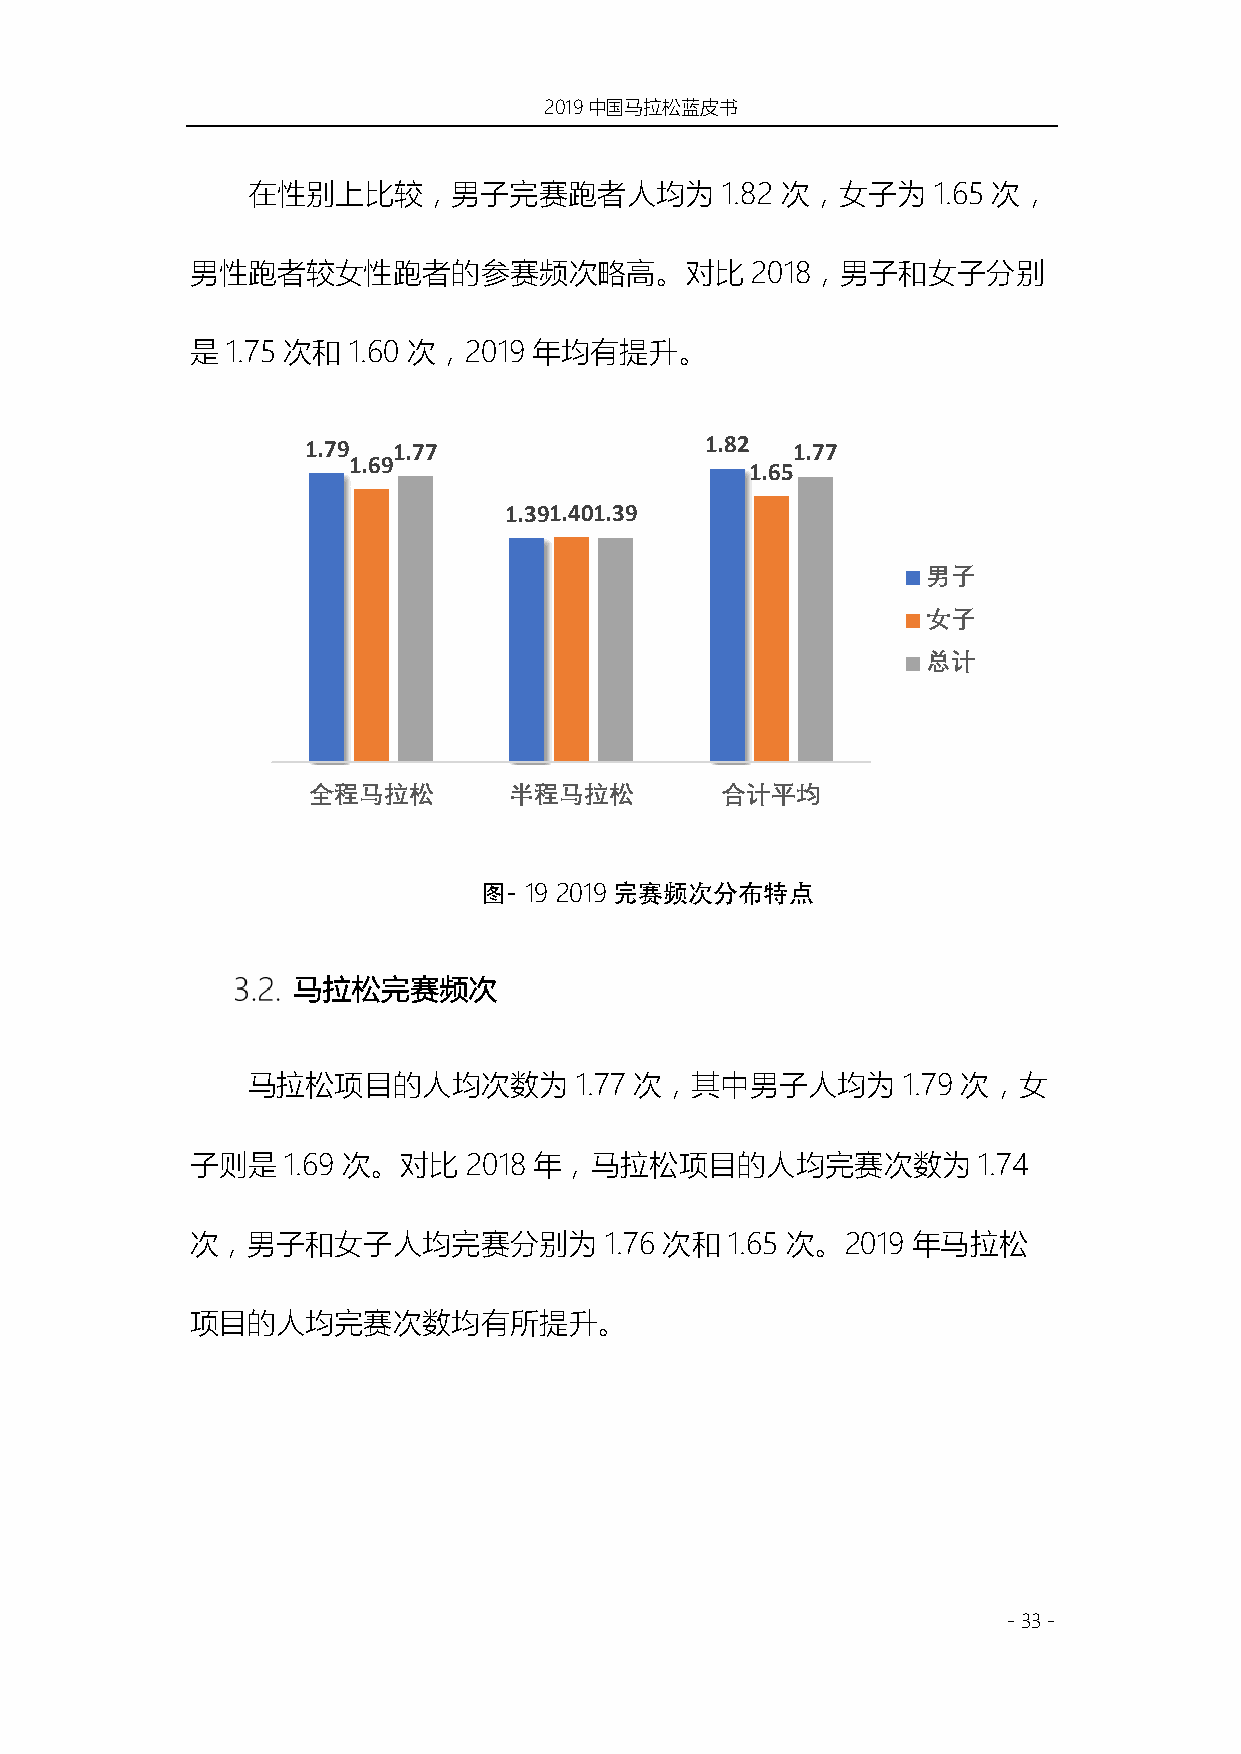
2019中国马拉松蓝皮书
 在性别上比较，男子完赛跑者人均为                1.82 次，女子为    1.65 次，
 男性跑者较女性跑者的参赛频次略高。对比                  2018，男子和女子分别
 是 1.75 次和 1.60 次，2019 年均有提升。
 1.79  1.77                 1.82 1.77
 1.69
 1.65
 1.391.401.39
 男子
 女子
 总计
 全程马拉松         半程马拉松         合计平均
 图- 19 2019完赛频次分布特点
 马拉松完赛频次
 马拉松项目的人均次数为           1.77 次，其中男子人均为        1.79 次，女
 子则是   1.69 次。对比   2018 年，马拉松项目的人均完赛次数为              1.74
 次，男子和女子人均完赛分别为             1.76 次和 1.65 次。2019 年马拉松
 项目的人均完赛次数均有所提升。
 - 33 -